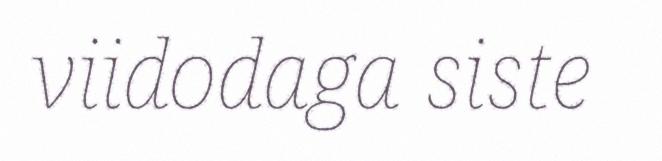
viidodaga siste